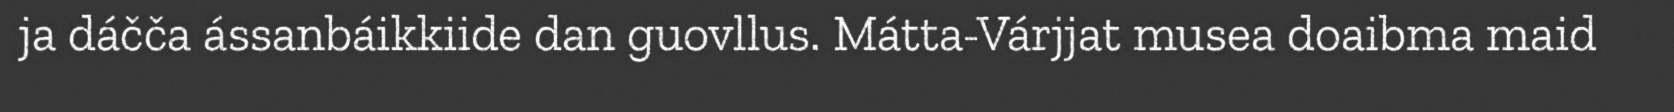
ja dáčča ássanbáikkiide dan guovllus. Mátta-Várjjat musea doaibma maid